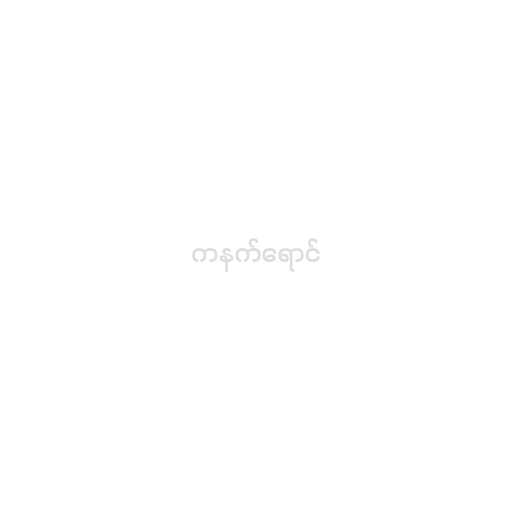
ကနက်ရောင်